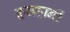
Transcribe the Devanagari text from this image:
इसहानी